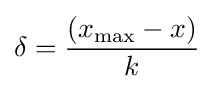
\delta ={\frac {(x_{\text{max}}-x)}{k}}